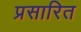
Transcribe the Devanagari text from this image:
प्रसारित